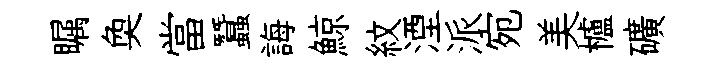
瞩奐當蠶誨鯨紋湮派宛美櫨礦